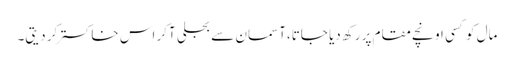
مال کو کسی اونچے مقام پر رکھ دیا جاتا،آسمان سے بجلی آکر اس خاکستر کر دیتی۔